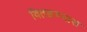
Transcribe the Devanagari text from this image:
वितळण्यास